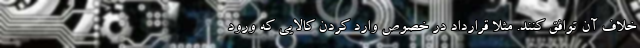
خلاف آن توافق کنند. مثلاً قرارداد در خصوص وارد کردن کالایی که ورود